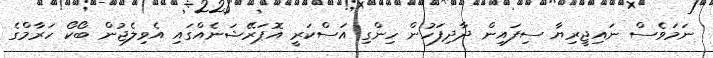
ނަމަވެސް ނައިޖީރިޔާ ސިފައިން ދާދިފަހުން ހިންގި އަސްކަރީ އޮޕަރޭޝަނެއްގައި އެވިލެޖުން ބޯކޯ ހަރާމްގެ